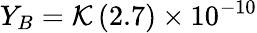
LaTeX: Y_{B}={\cal K}\left(2.7\right)\times 10^{-10}